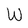
Character: W